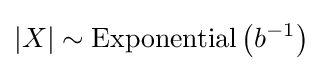
\left|X\right|\sim {\textrm {Exponential}}\left(b^{-1}\right)